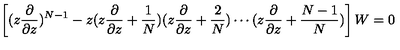
\left[ ( z \frac { \partial } { \partial z } ) ^ { N - 1 } - z ( z \frac { \partial } { \partial z } + \frac { 1 } { N } ) ( z \frac { \partial } { \partial z } + \frac { 2 } { N } ) \cdots ( z \frac { \partial } { \partial z } + \frac { N - 1 } { N } ) \right] W = 0